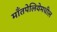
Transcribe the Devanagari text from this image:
माँतपेलियेमधील